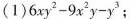
(1)$$6xy^{2}-9x^{2}y-y^{3}$$;